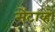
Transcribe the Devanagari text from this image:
सेंटाव्हो